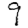
Digit: 9